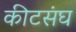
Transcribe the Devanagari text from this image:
कीटसंघ